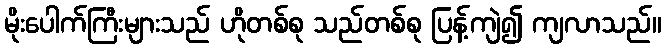
မိုးပေါက်ကြီးများသည် ဟိုတစ်စု သည်တစ်စု ပြန့်ကျဲ၍ ကျလာသည်။